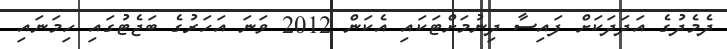
ދެމެދުގެ އަދަދަކަށް ފައިސާ ދިނުމަށްޓަކައި އެކަން 2012 ވަނަ އަހަރުގެ ބަޖެޓުގައި ހިމަނައި